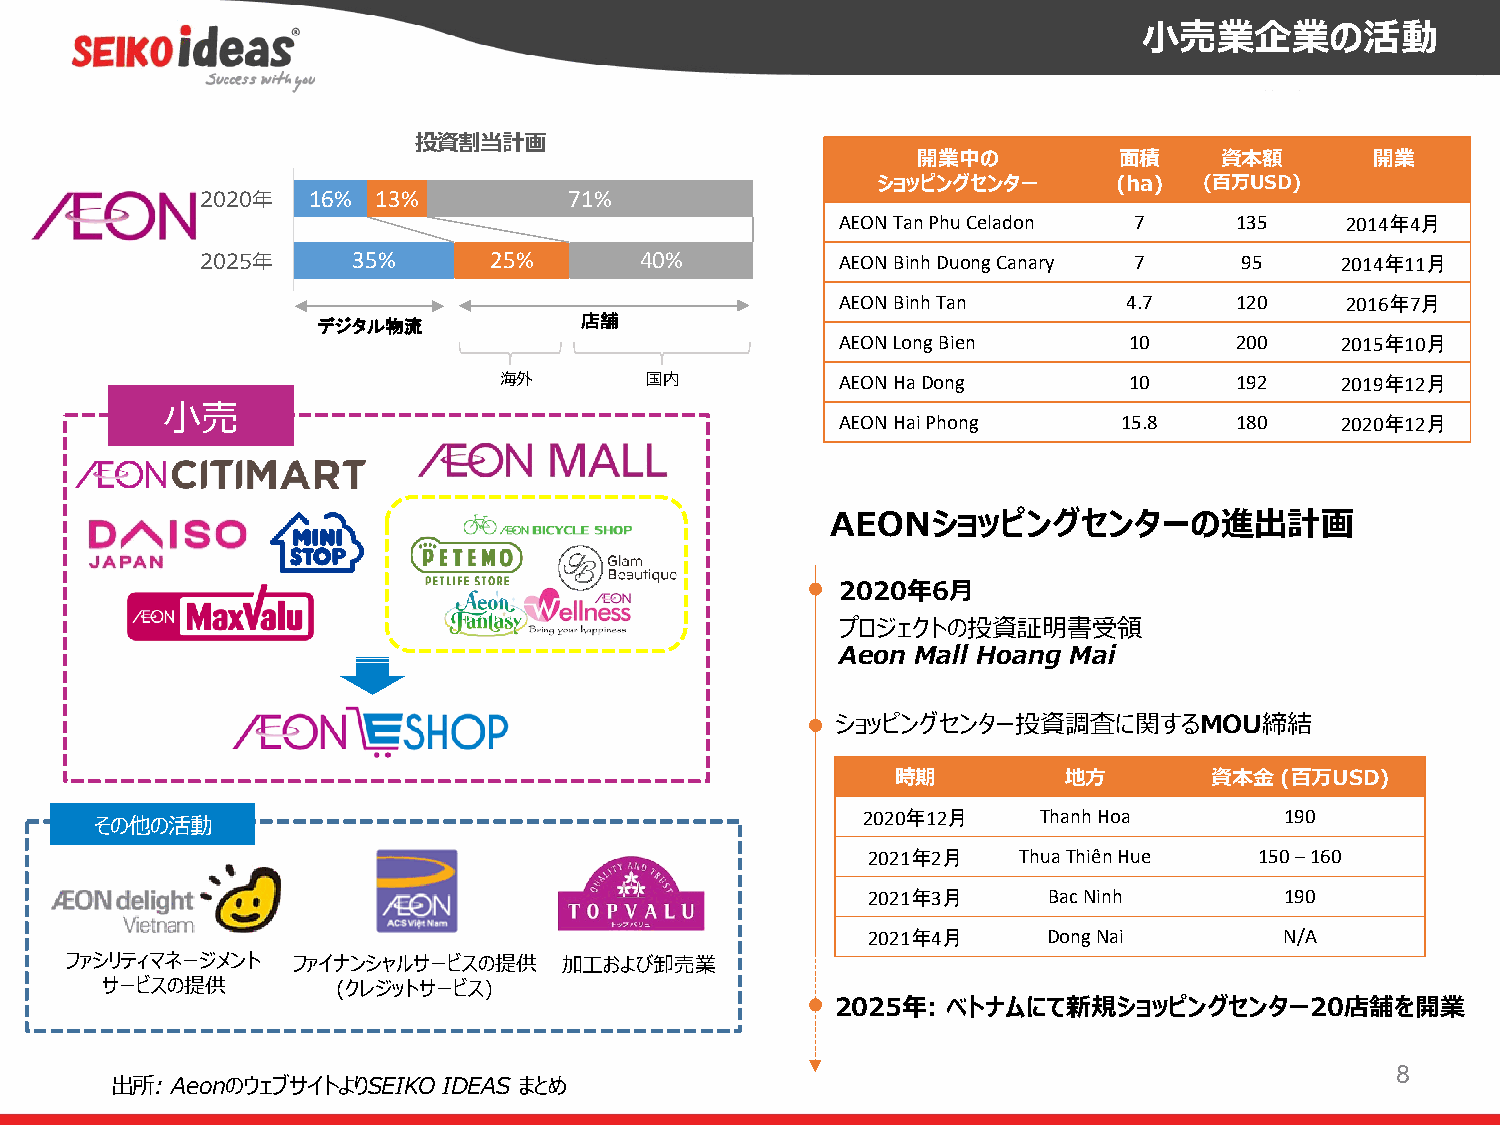
⼩売業企業の活動
 投資割当計画
 開業中の         ⾯積     資本額       開業
 ショッピングセンター      (ha)  (百万USD)
 2020年  16%  13%          71%
 AEON Tan PhuCeladon 7     135    2014年4月
 2025年     35%      25%       40%           AEON Binh Duong Canary 7  95     2014年11月
 AEON Binh Tan      4.7    120    2016年7月
 デジタル物流           店舗
 AEON Long Bien     10     200    2015年10月
 海外        国内           AEON HaDong        10     192    2019年12月
 ⼩売
 AEON Hai Phong    15.8    180    2020年12月
 AEONショッピングセンターの進出計画
 2020年6⽉
 プロジェクトの投資証明書受領
 Aeon Mall Hoang Mai
 ショッピングセンター投資調査に関するMOU締結
 時期         地⽅        資本⾦  (百万USD)
 その他の活動
 2020年12月    Thanh Hoa       190
 2021年2月   ThuaThiênHue    150 –160
 2021年3月     BacNinh         190
 2021年4月     DongNai         N/A
 ファシリティマネージメント  ファイナンシャルサービスの提供   加⼯および卸売業
 サービスの提供        (クレジットサービス)
 2025年:  ベトナムにて新規ショッピングセンター20店舗を開業
 8
 出所: AeonのウェブサイトよりSEIKO IDEAS まとめ